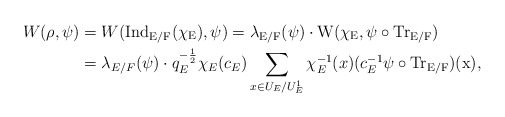
\begin{align*} W(\rho,\psi) &=W(\rm{Ind}_{E/F}(\chi_E),\psi)=\lambda_{E/F}(\psi)\cdot W(\chi_E,\psi\circ\rm{Tr}_{E/F})\\ &=\lambda_{E/F}(\psi)\cdot q_E^{-\frac{1}{2}}\chi_E(c_E)\sum_{x\in U_E/U_E^1}\chi_E^{-1}(x)(c_E^{-1}\psi\circ\rm{Tr}_{E/F})(x),\end{align*}